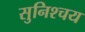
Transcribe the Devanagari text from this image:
सुनिश्चय